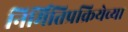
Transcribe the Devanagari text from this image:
निर्मितिप्रक्रियेच्या